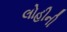
લોહીની